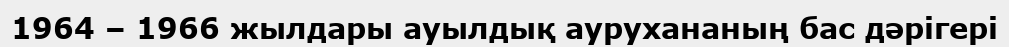
1964 – 1966 жылдары ауылдық аурухананың бас дәрігері